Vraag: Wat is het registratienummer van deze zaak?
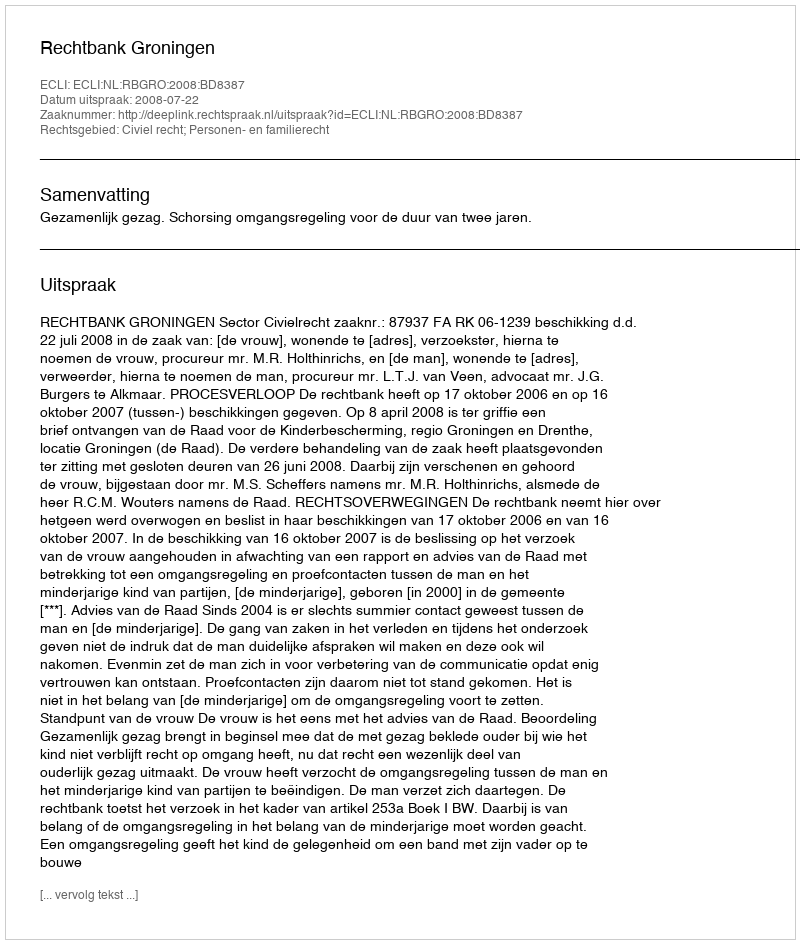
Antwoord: http://deeplink.rechtspraak.nl/uitspraak?id=ECLI:NL:RBGRO:2008:BD8387